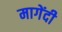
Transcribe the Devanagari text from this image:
मागेंदी